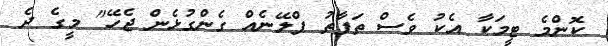
ކޮންމެ ޓީމަކާ އެކު ވެސް ތަފާތު ޕްލޭނެއް ގެންގުޅެން ޖެހޭ" މީގެ ދެ